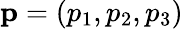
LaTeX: \mathbf{p}=(p_{1},p_{2},p_{3})